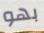
بهو